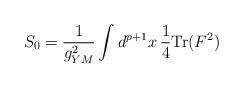
LaTeX: \begin{align*}S_0 = {1 \over g^2_{YM}} \int d^{p+1}x \, {1 \over 4} {\rm Tr}(F^2)\end{align*}